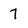
Character: 7